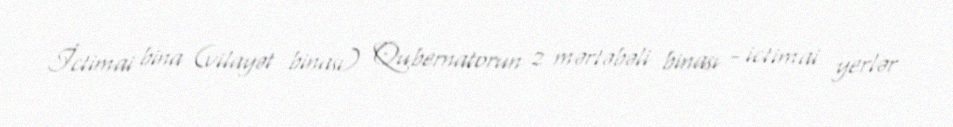
İctimai bina (vilayət binası) Qubernatorun 2 mərtəbəli binası - ictimai yerlər